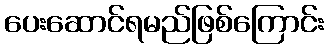
ပေးဆောင်ရမည်ဖြစ်ကြောင်း